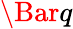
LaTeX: \Bar{q}